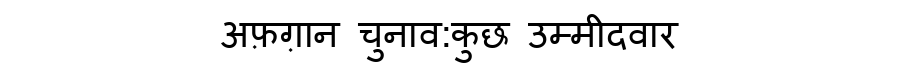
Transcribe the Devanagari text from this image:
अफ़ग़ान चुनाव:कुछ उम्मीदवार